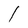
Character: l